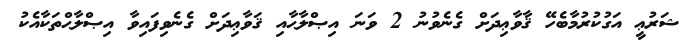
ޝަރުޢީ އަގުކުރުމާބެހޭ ޤާވާޢިދަށް ގެނެވުނު 2 ވަނަ އިޞްލާޙާއި ޤަވާޢިދަށް ގެނެވިފައިވާ އިޞްލާޙްތަކާއެކު